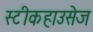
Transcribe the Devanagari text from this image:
स्टीकहाउसेज